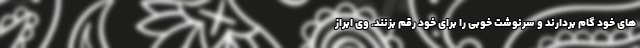
های خود گام بردارند و سرنوشت خوبی را برای خود رقم بزنند. وی ابراز